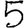
Digit: 5